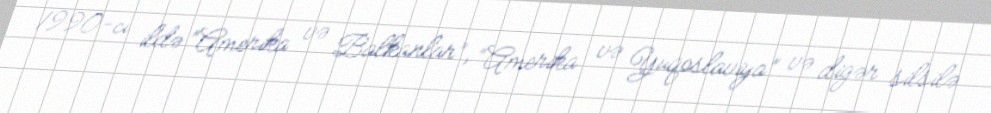
1990-cı ildə “Amerika və Balkanlar”, “Amerika və Yuqoslaviya” və digər silsilə